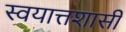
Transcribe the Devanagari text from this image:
स्वयात्तशासी